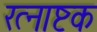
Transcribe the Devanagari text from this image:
रत्नाष्टक